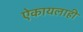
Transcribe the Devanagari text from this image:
ऐकायलाही